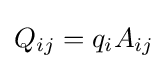
Q_{ij}=q_{i}A_{ij}